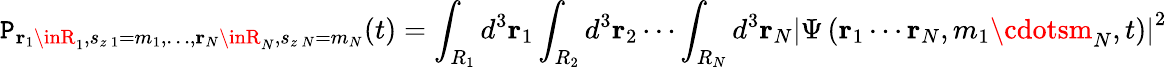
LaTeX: \mathtt{P}_{\mathbf{{r}}_{1}\inR_{1},s_{z\, 1}=m_{1},\ldots,\mathbf{{r}}_{N}\inR_{N},s_{z\, N}=m_{N}}(t)=\int_{R_{1}}d^{3}\mathbf{{r}}_{1}\int_{R_{2}}d^{3}\mathbf{{r}}_{2}\cdots\int_{R_{N}}d^{3}\mathbf{{r}}_{N}\left|\Psi\left(\mathbf{{r}}_{1}\cdots\mathbf{{r}}_{N},m_{1}\cdotsm_{N},t\right)\right|^{2}